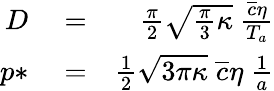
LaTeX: \begin{array}{rlr}{D}&{{}=}&{\frac{\pi}{2}\sqrt{\frac{\pi}{3}\kappa}\ \frac{\overline{{c}}\eta}{T_{a}}}\\ {p*}&{{}=}&{\frac{1}{2}\sqrt{3\pi\kappa}\ \overline{{c}}\eta\ \frac{1}{a}}\end{array}